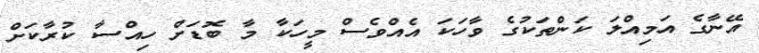
އޭނާގެ އަމިއްލަ ކަންތަކުގެ ވާހަކަ އެއްވެސް މީހަކާ މާ ބޮޑަށް ހިއްސާ ކުރާކަށް